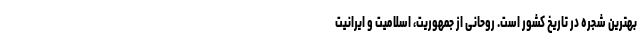
بهترین شجره در تاریخ کشور است. روحانی از جمهوریت، اسلامیت و ایرانیت